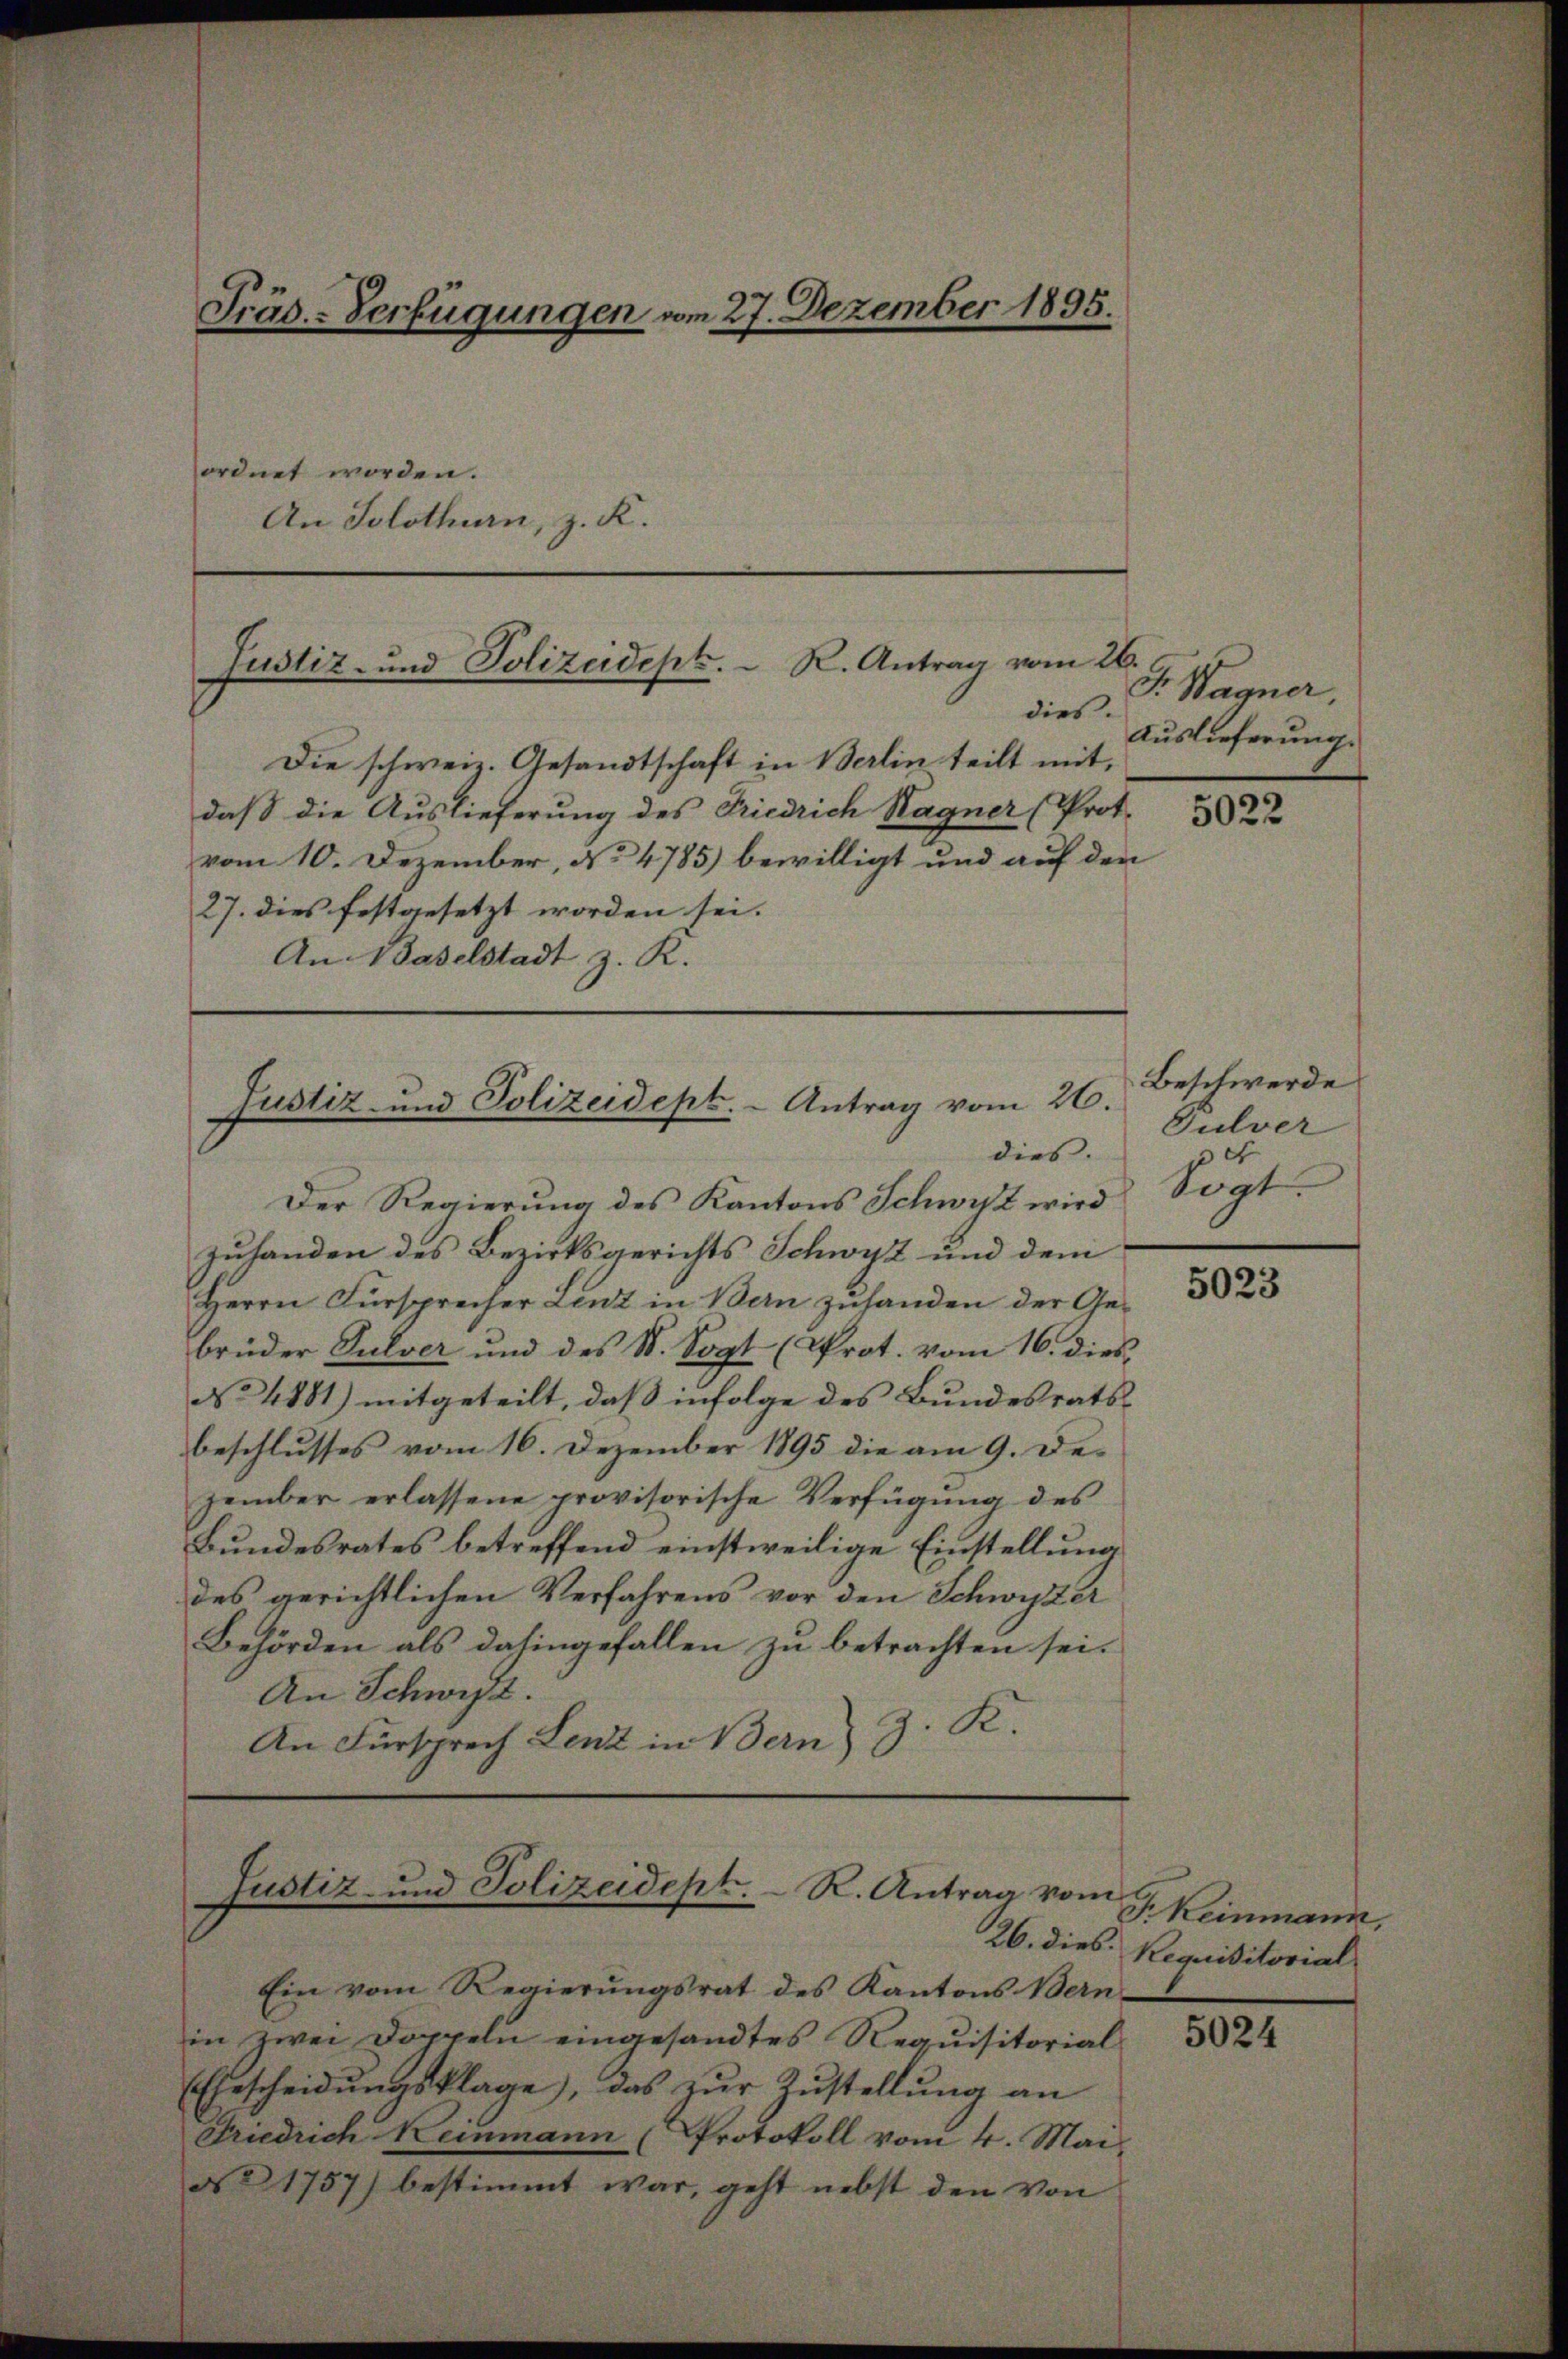
Präs.-Verfügungen vom 27. Dezember 1895.

ordnet worden.
An Solothurn, z. K.

Justiz- und Polizeidept.  K. Antrag vom 26.
dies.

Justiz- und Polizeidept. - Antrag vom 26.
dies.

Die schweiz. Gesandtschaft in Berlin teilt mit,
daß die Auslieferung des Friedrich Hagner (Prot.
vom 10. Dezember, No 4785) bewilligt und auf den
27. dies festgesetzt worden sei.
An 4 Baselstadt z. R.

Justiz- und Polizeidept. R. Antrag vom

Der Regierung des Kantons Schwyz wird
zuhanden des Bezirksgerichts Schwyz und dem
Herrn Fürsprecher Lenz in Bern zuhanden der Gebrüder Pulver und des St. Sogt (Prot. vom 16. dies
No 4881) mitgeteilt, daß infolge des Bundesratsbeschlusses vom 16. Dezember 1895 die am 9. De-
zember erlassene provisorische Verfügŭng des
Bundesrates betreffend einstweilige Einstellung
des gerichtlichen Verfahrens vor den Schwyzer
Behörden als dahingefallen zu betrachten sei.
An Schwyz.
An Fürsprech Lenz in Bern) 3. K

Ein vom Regierŭngsrat des Kantons Bern
in zwei Doppeln eingesandtes Requisitorial
Ehescheidŭngsklage, das zur Zustellung an
Friedrich Keinmann (Protokoll vom 4. Mai
N° 1757) bestimmt war, geht nebst den von

J. Wagner,
Auslieferung.

5022

Beschwerde
Gulver
e
Sogt.

5023

F. Keinmann,
26. dies Requisitorial

5024